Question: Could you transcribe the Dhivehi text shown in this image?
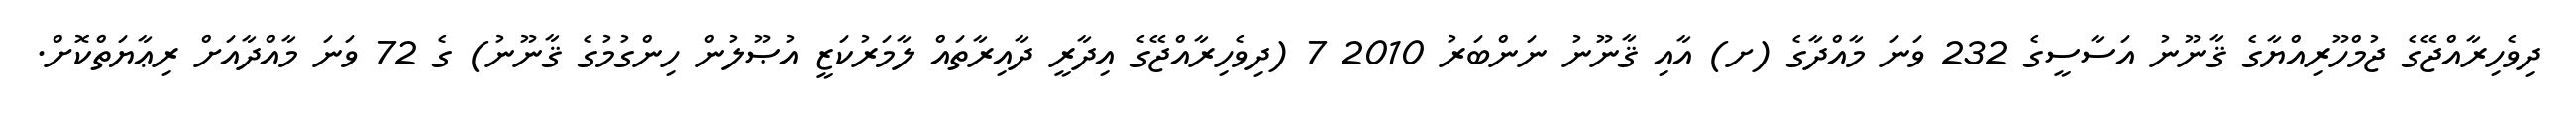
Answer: ދިވެހިރާއްޖޭގެ ޖުމްހޫރިއްޔާގެ ޤާނޫނު އަސާސީގެ 232 ވަނަ މާއްދާގެ (ށ) އާއި ޤާނޫނު ނަންބަރު 2010 7 (ދިވެހިރާއްޖޭގެ އިދާރީ ދާއިރާތައް ލާމަރުކަޒީ އުޞޫލުން ހިންގުމުގެ ޤާނޫނު) ގެ 72 ވަނަ މާއްދާއަށް ރިޢާޔަތްކޮށް.